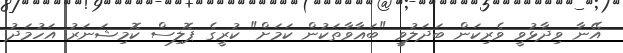
އޭނާ ވިދާޅުވީ ވެރިކަން ބަދަލުވީ "ބަޣާވާތަކުން ކަމަށް" ކުރީގެ ޕޮލިސް ކޮމިޝަނަރު އަހުމަދު